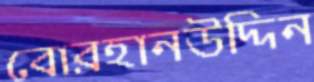
বোরহানউদ্দিন